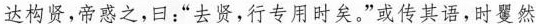
达构贤，帝惑之，曰；”去贤，行专用时矣，”\underline{或传其语，时矍然}